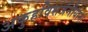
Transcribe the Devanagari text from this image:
अकुहविसर्जनीयानां